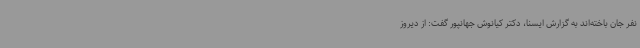
نفر جان باخته‌اند به گزارش ایسنا، دکتر کیانوش جهانپور گفت: از دیروز